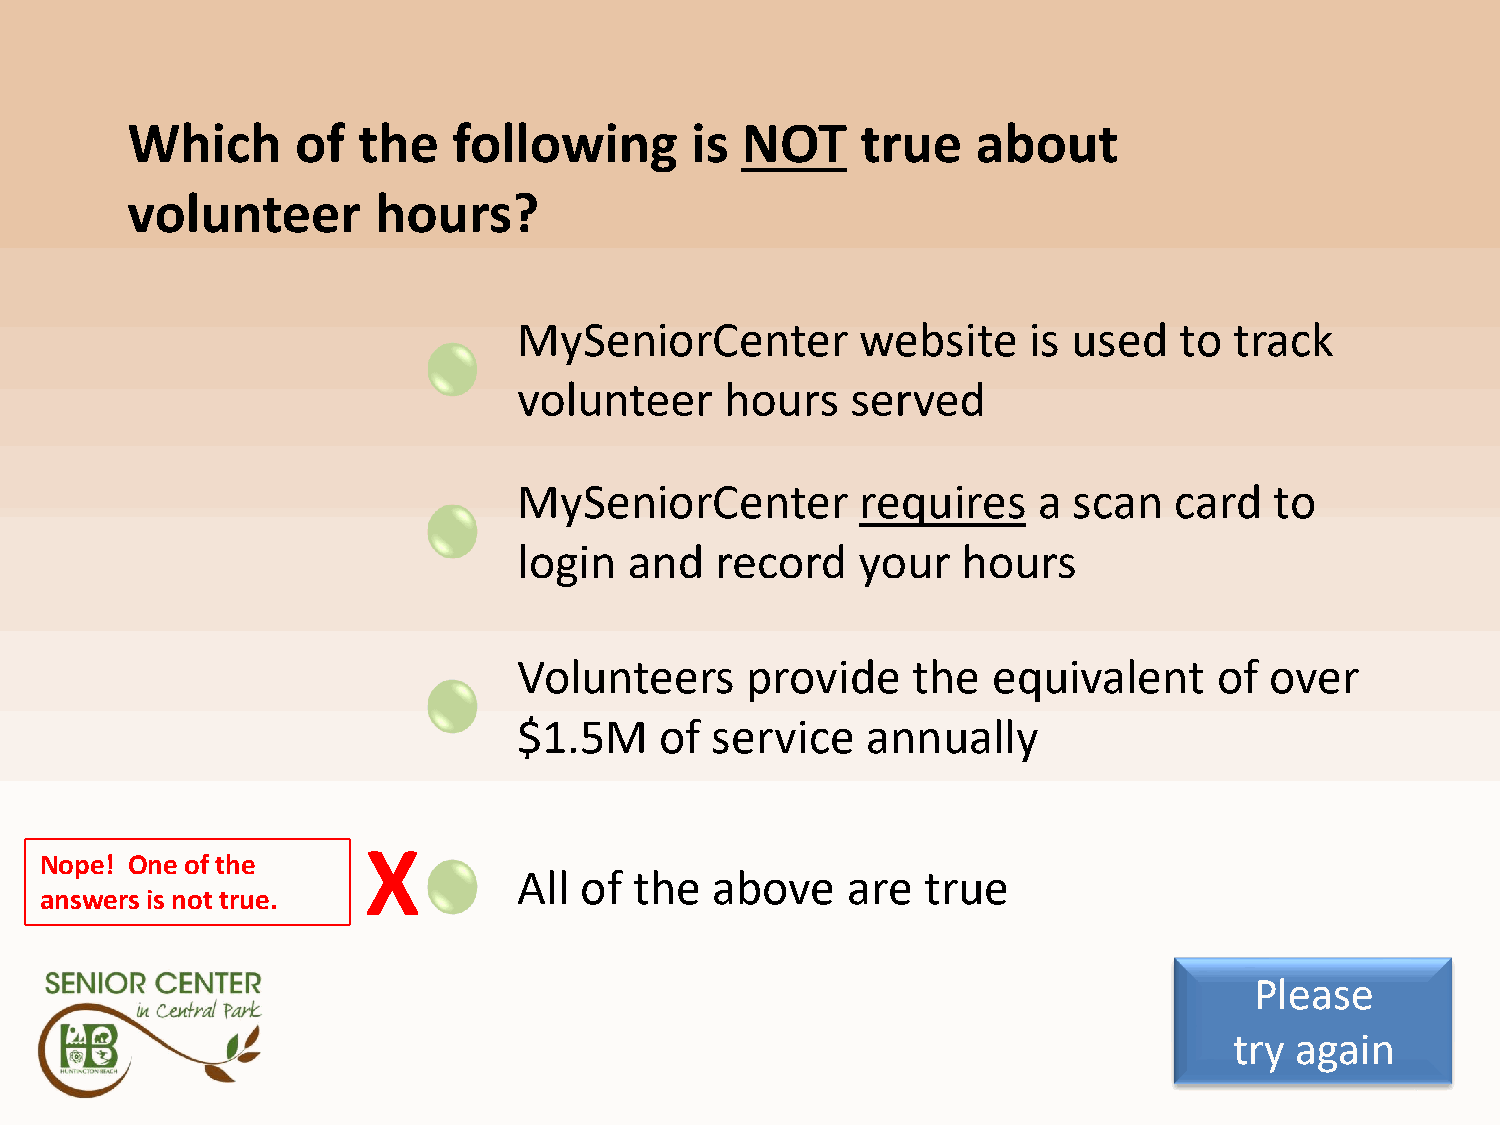
Q2A4
 Which       of  the   following       is NOT     true    about
 volunteer        hours?
 MySeniorCenter         website    is used   to  track
 volunteer     hours   served
 MySeniorCenter         requires    a scan   card  to
 login   and  record    your   hours
 Volunteers     provide    the   equivalent     of over
 $1.5M     of service   annually
 X
 Nope! One of the
 All of  the  above    are  true
 answers is not true.
 Please
 try again